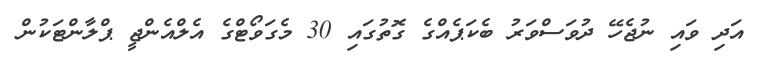
އަދި ވައި ނުޖެހޭ ދުވަސްވަރު ބެކަޕެއްގެ ގޮތުގައި 30 މެގަވޯޓްގެ އެލްއެންޖީ ޕްލާންޓަކުން